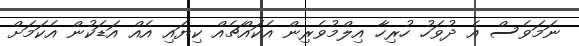
ނަމަވެސް އެ ދުވަހު ހުރިހާ އިލްމުވެރިން އެކައްޗެއް ކިޔައި އެއް އަޑަކުން އެކަމަށް